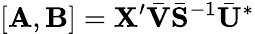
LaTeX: [\mathbf{A},\mathbf{B}]=\mathbf{X}^{\prime}\bar{\mathbf{V}}\bar{\mathbf{S}}^{-1}\bar{\mathbf{U}}^{*}